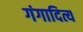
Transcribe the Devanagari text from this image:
गंगादित्य